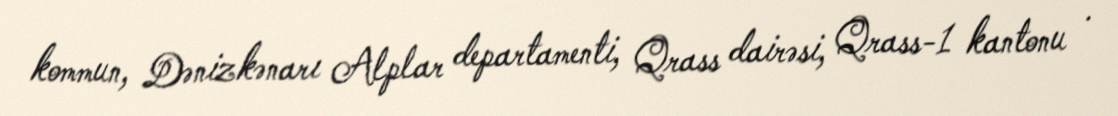
kommun, Dənizkənarı Alplar departamenti, Qrass dairəsi, Qrass-1 kantonu .